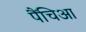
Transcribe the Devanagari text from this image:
पैंचिआ